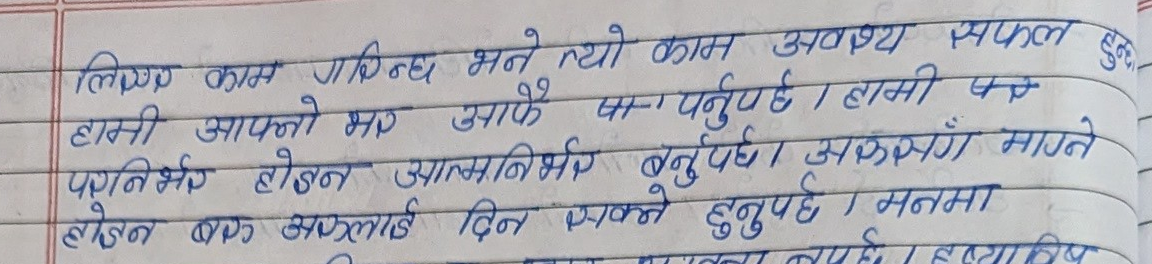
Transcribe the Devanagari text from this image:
लिए काम गरिन्छ भने त्यो काम अवश्य सफल हुन्छ
हामी आफ्नो भर आफै पान पर्नुपर्छ । हामी पर
परनिर्भर होडन आत्मनिर्भर बन्नुपर्छ। अरुसँग माग्ने
होइन बरु अरुलाई दिन सक्ने हुनुपर्छ । मनमा